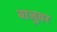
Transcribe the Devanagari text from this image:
बाजुवर